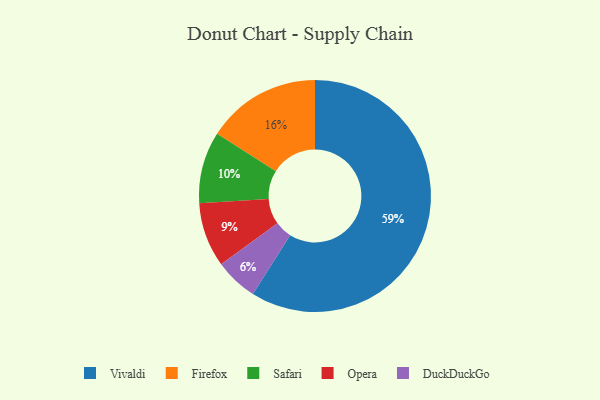
{"axis": {"x": "Category", "y": "Percentage"}, "legend": ["DuckDuckGo", "Firefox", "Opera", "Safari", "Vivaldi"], "data": [{"x": "Opera", "y": 9, "type": "Opera"}, {"x": "Safari", "y": 10, "type": "Safari"}, {"x": "Vivaldi", "y": 59, "type": "Vivaldi"}, {"x": "DuckDuckGo", "y": 6, "type": "DuckDuckGo"}, {"x": "Firefox", "y": 16, "type": "Firefox"}]}